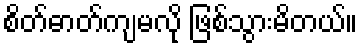
စိတ်ဓာတ်ကျမလို ဖြစ်သွားမိတယ်။